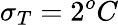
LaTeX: \sigma_{T}=2^{o}C